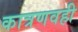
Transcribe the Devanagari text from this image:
कात्रणवही